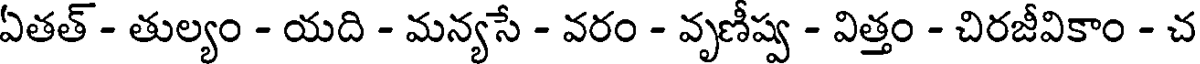
ఏతత్ - తుల్యం - యది - మన్యసే - వరం - వృణీష్వ - విత్తం - చిరజీవికాం - చ